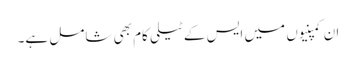
ان کمپنیوں میں ایس کے ٹیلی کام بھی شامل ہے۔